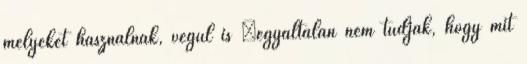
melyeket használnak, végül is „egyáltalán nem tudják, hogy mit